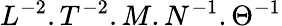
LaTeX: L^{-2}.T^{-2}.M.N^{-1}.\Theta^{-1}